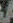
A